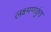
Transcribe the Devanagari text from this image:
लक्ष्मणकुंड